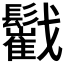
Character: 𩯷